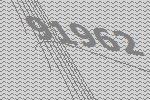
91962